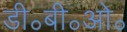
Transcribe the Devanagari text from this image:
डी॰बी॰ओ॰